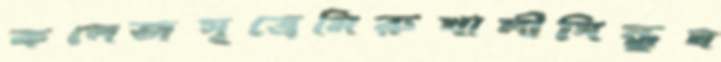
কলেজসূত্রেমিরুখালীসিন্ধুঘ